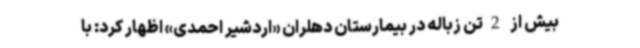
بیش از 2تن زباله در بیمارستان دهلران «اردشیر احمدی» اظهار کرد: با